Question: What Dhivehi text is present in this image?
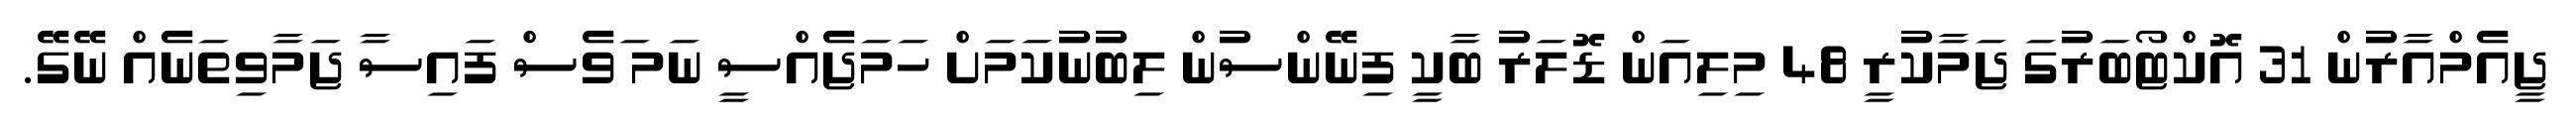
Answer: ޖީއެމްއާރުން 31 އޮކްޓޯބަރުގަ ޖަމާކުރީ 48 މިލިއަން ޑޮލަރު ބާކީ ފިނޭންސުން ލިބުނުކަމަށް ހަމަޖެއްސީ ނަމ ަވެސް ފައިސާ ޖަމާވިތަނެއް ނޭގޭ.